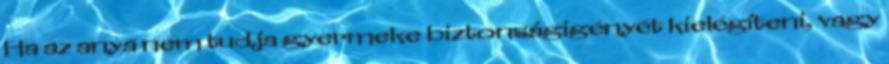
Ha az anya nem tudja gyermeke biztonságigényét kielégíteni, vagy